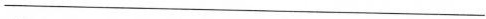
___